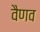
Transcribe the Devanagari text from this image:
वैणव